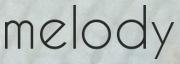
melody